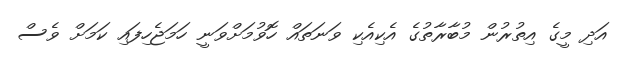
އަދި މީގެ އިތުރުން މުބާރާތުގެ އެކިއެކި ވަނަތައް ހޮވުމަށްވަނީ ހަމަޖެހިފައި ކަމަށް ވެސް